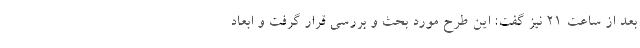
بعد از ساعت ۲۱ نیز گفت: این طرح مورد بحث و بررسی قرار گرفت و ابعاد